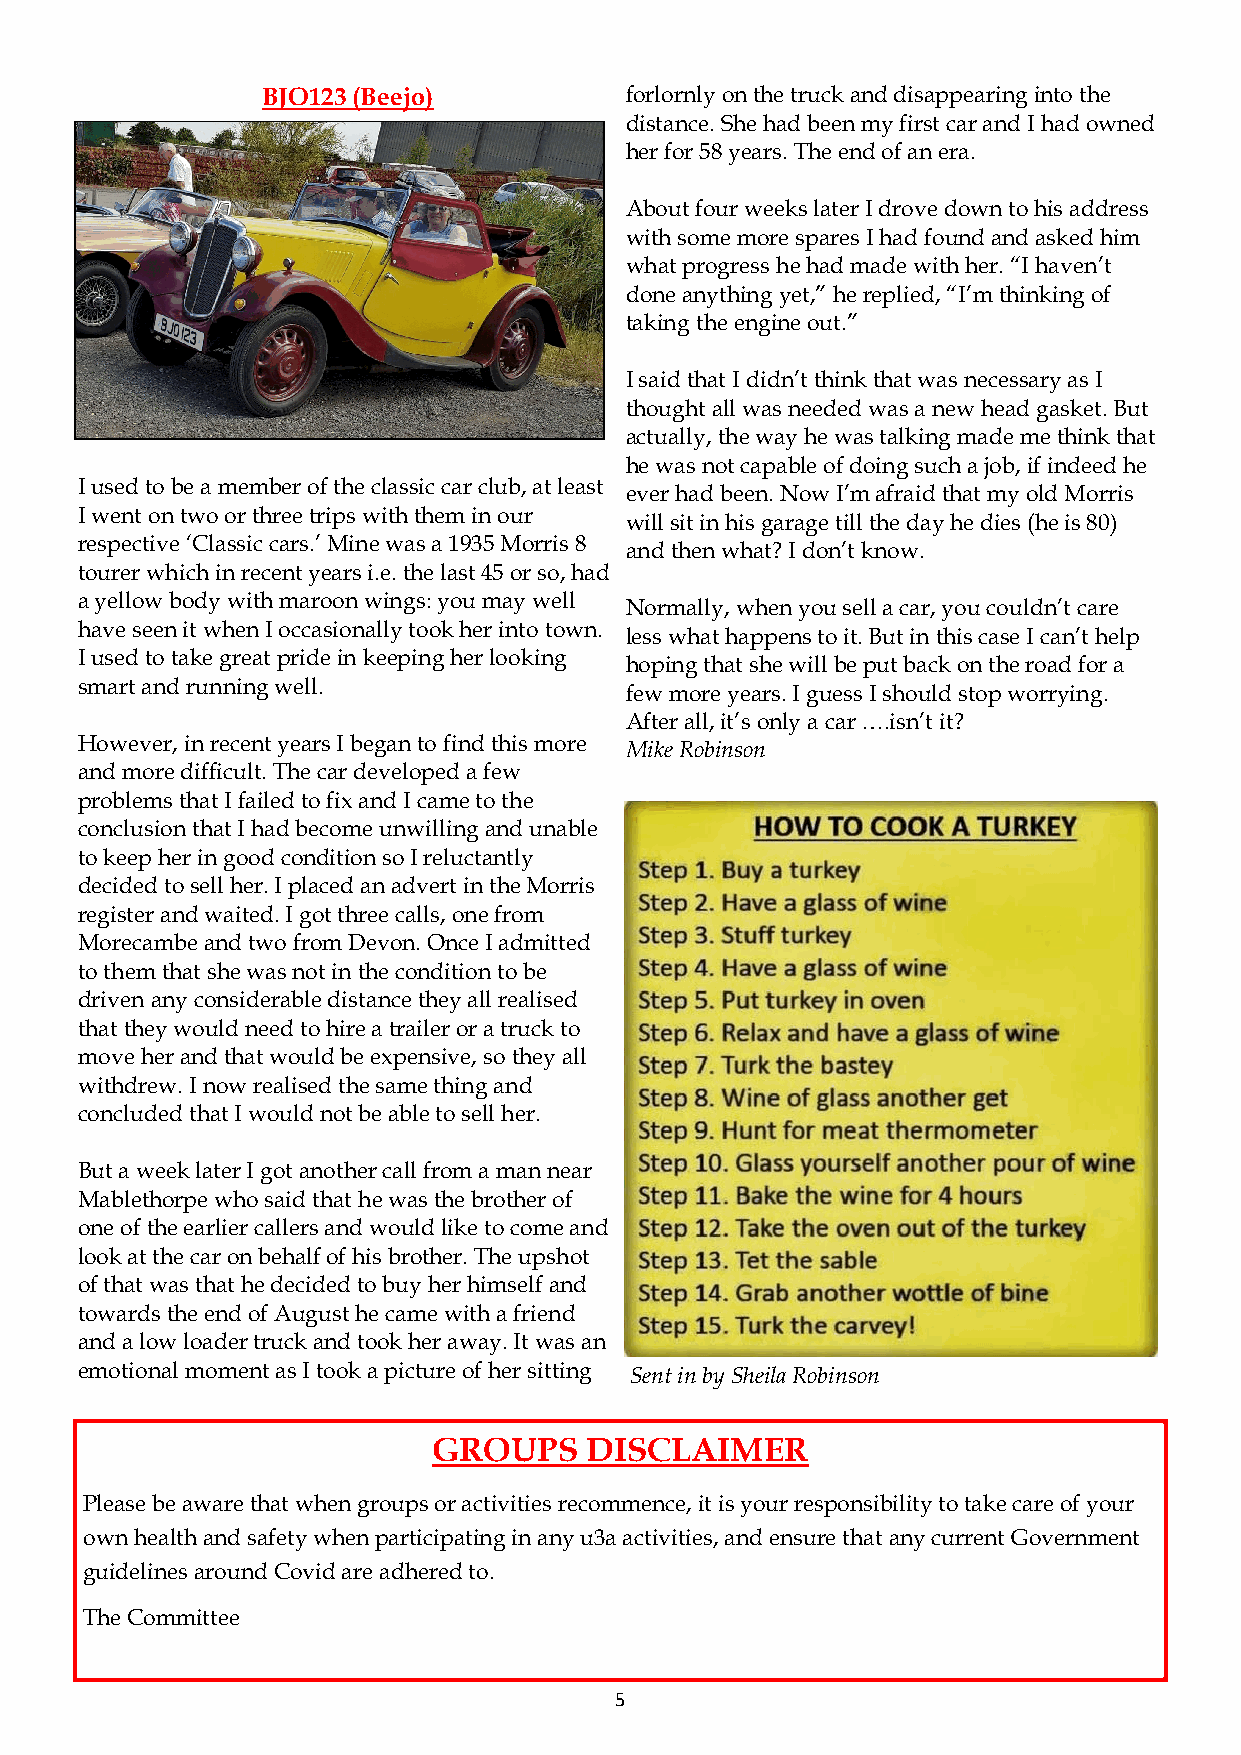
BJO123 (Beejo)          forlornly on the truck and disappearing into the
 distance. She had been my first car and I had owned
 her for 58 years. The end of an era.
 About four weeks later I drove down to his address
 with some more spares I had found and asked him
 what progress he had made with her. “I haven’t
 done anything yet,” he replied, “I’m thinking of
 taking the engine out.”
 I said that I didn’t think that was necessary as I
 thought all was needed was a new head gasket. But
 actually, the way he was talking made me think that
 he was not capable of doing such a job, if indeed he
 I used to be a member of the classic car club, at least
 ever had been. Now I’m afraid that my old Morris
 I went on two or three trips with them in our
 will sit in his garage till the day he dies (he is 80)
 respective ‘Classic cars.’ Mine was a 1935 Morris 8
 and then what? I don’t know.
 tourer which in recent years i.e. the last 45 or so, had
 a yellow body with maroon wings: you may well
 Normally, when you sell a car, you couldn’t care
 have seen it when I occasionally took her into town.
 less what happens to it. But in this case I can’t help
 I used to take great pride in keeping her looking
 hoping that she will be put back on the road for a
 smart and running well.
 few more years. I guess I should stop worrying.
 After all, it’s only a car ….isn’t it?
 However, in recent years I began to find this more
 Mike Robinson
 and more difficult. The car developed a few
 problems that I failed to fix and I came to the
 conclusion that I had become unwilling and unable
 to keep her in good condition so I reluctantly
 decided to sell her. I placed an advert in the Morris
 register and waited. I got three calls, one from
 Morecambe and two from Devon. Once I admitted
 to them that she was not in the condition to be
 driven any considerable distance they all realised
 that they would need to hire a trailer or a truck to
 move her and that would be expensive, so they all
 withdrew. I now realised the same thing and
 concluded that I would not be able to sell her.
 But a week later I got another call from a man near
 Mablethorpe who said that he was the brother of
 one of the earlier callers and would like to come and
 look at the car on behalf of his brother. The upshot
 of that was that he decided to buy her himself and
 towards the end of August he came with a friend
 and a low loader truck and took her away. It was an
 emotional moment as I took a picture of her sitting Sent in by Sheila Robinson
 GROUPS    DISCLAIMER
 Please be aware that when groups or activities recommence, it is your responsibility to take care of your
 own health and safety when participating in any u3a activities, and ensure that any current Government
 guidelines around Covid are adhered to.
 The Committee
 5